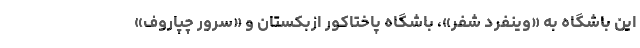
این باشگاه به «وینفرد شفر»، باشگاه پاختاکور ازبکستان و «سرور چپاروف»